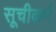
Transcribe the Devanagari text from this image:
सूचीकर्म